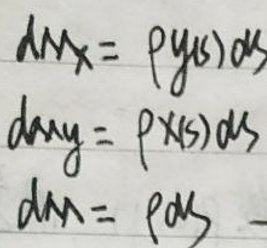
\begin{align*}
dmx&=\rho y(s)ds\\
dmy&=\rho x(s)ds\\
dm&=\rho ds
\end{align*}